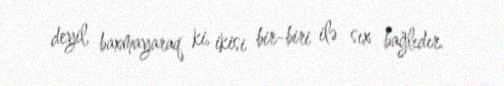
deyil, baxmayaraq ki, ikisi bir-biri ilə sıx bağlıdır.